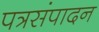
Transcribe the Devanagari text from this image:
पत्रसंपादन